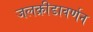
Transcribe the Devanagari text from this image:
जलक्रीडावर्णन